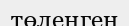
төлеңген